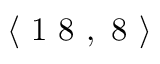
\langle \mathrm { ~ 1 ~ 8 ~ } , \mathrm { ~ 8 ~ } \rangle